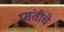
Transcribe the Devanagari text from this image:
प्रसंतीचे